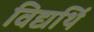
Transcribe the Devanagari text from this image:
विद्यर्थि